Vital statistics of India. Vol. VI, European troops 1870-79
Year: 1870
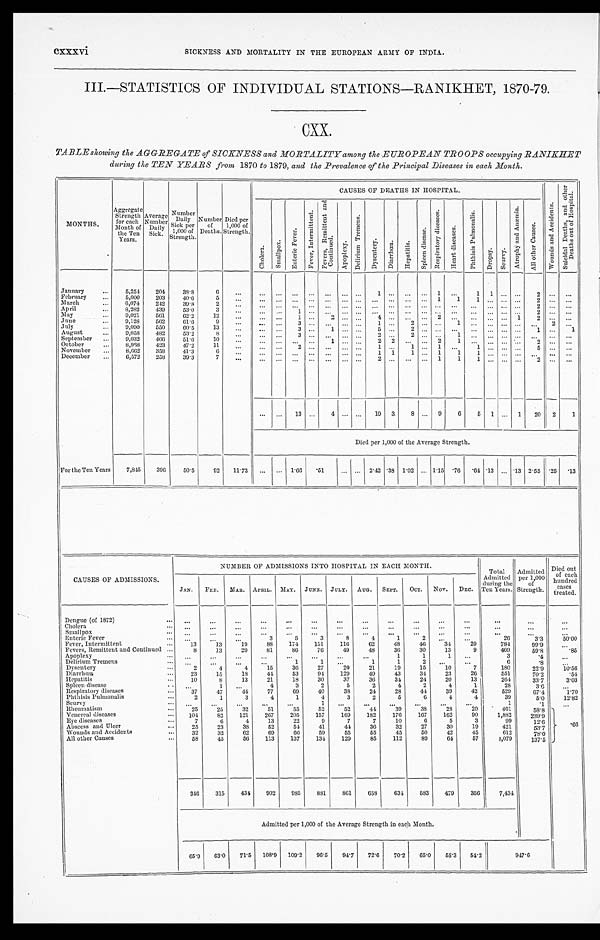
cxxxvi
SICKNESS AND MORTALITY IN THE EUROPEAN ARMY OF INDIA.
III.—STATISTICS OF INDIVIDUAL STATIONS—RANIKHET, 1870-79.
CXX.
TABLE showing the AGGREGATE of SICKNESS and MORTALITY among the EUROPEAN TROOPS occupying RANIKHET
during the TEN YEARS from 1870 to 1879, and the Prevalence of the Principal Diseases in each Month.
MONTHS.
Aggregate Strength for each
Month of
the Ten
Years.
Average
Number D a i l y
Si ck.
Number D a i l y S I c k p e r
1 , 0 0 0 o f
Strength.
Number of
Deaths.
Died per
1,000 of
Strength.
CAUSES OF DEATHS IN HOSPITAL.
W o u n d s a n d A c c i d e n t s .
S u i c i d a l D e a t h s , a n d o t h e r
D e a t h s o u t o f H o s p i t a l .
C h o l e r a . S m a l l p o x .
E n t e r i c F e v e r .
F e v e r , I n t e r m i t t e n t .
F e v e r s , R e m i t t e n t a n d
C o n t i n u e d .
A p o p l e x y .
D e l i r i u m T r e m e n s .
D y s e n t e r y .
D i a r r h œ a . H e p a t i t i s .
S p l e e n d i s e a s e .
R e s p i r a t o r y d i s e a s e s .
H e a r t d i s e a s e s .
P h t h i s i s P u l m o n a l i s .
D r o p s y .
S c u r v y .
A t r o p h y a n d A n æ m i a .
A l l o t h e r C a u s e s .
January
5,254 204 38.8
6
1
1
1 1
2
February
5,000 203 40.6 5
1 1 1
2
March
6,074 242 39.8 2
2
April
8,282 439 53.0 3
1
2
May
9,021 561 62.2 12
1
2
4
2
1
2
June
9 , 1 2 8 562 61.6
9
3
1
2
1
2
July
9,090 550 60.5 13
3
1
5 2
1
1
August
9,058 482 53.2 8
3
2
2
1
September
9,032 466 51.6 10
1
2 2
2 1
2
October
8,968 423 47.2
1 1
2
1
1
1
1
5
November
8,662 358 41.3
6
1 1
1 1
1 1
December
6,572 258 39.3
7
2
1
1
1
2
13
4
19 3 8
9 6 5 1
1
20
2
1
Died per 1,000 of the Average Strength.
For the Ten Years 7,845 396 50.5 92 11.73
1.66 .51
2.42 .38 1.02 1.15 .76 . 6 4 .13 .13 2.55 .25
. 1 3
CAUSES OF ADMISSIONS.
NUMBER OF ADMISSIONS INTO HOSPITAL IN EACH MONTH.
Total
Admitted
during the
Ten Years.
Admitted per 1,000
of
Strength.
Died out
of each
hundred
cases
treated.
JAN. FEB. MAR. APRIL. MAY. JUNE. JULY. AUG. SEPT. OCT. NOV. DEC.
Dengue (of 1872)
Cholera Smallpox
Enteric Fever
3
5
3
8
4
1
2
26
3.3 50.00
Fever, Intermittent
13 13 19
8 8 174 151 116 62 48 46 34 20
784 99.9
Fevers, Remittent and Continued
8 13 20 81 86 76 49 48 36 30 13
9
469
59.8
.85
Apoplexy
1
1
1
3
.4
Delirium Tremens
1
1
1
1
2
6
. 8
Dysentery
2
4
4 15 36 27 20 21 19 15 10
7
180
22.9 10.56
Diarrhœa
23 15 18 44 53
9 4 129 49 43 34 23 26
551
70.2
.54
Hepatitis
10
8 13 21 18 30 37 36 34 24 20 13
264 33.7 3.03
Spleen disease
1
4
3
2
5
2
4
2
4
1
28
3 . 6
Respiratory diseases
37 47 44 77 69 40 38 24 28 44 39 42
529
67.4 1.70
Phthisis Pulmonalis
2
1
3
4
1
4
3
2
5
6
4
4
39
5.0 12.82
Scurvy
1
1
. 1
Rheumatism
25 25 32 51 55 52 52
4 4 39 38 28 20
461
58.8
. 66
Venereal diseases
104 82 121 267 205 157 169 182 176 167 162 90 1,882 239.9
Eye diseases
7
6
4 13 22
9
7
7 10
6
5
3
99
12.6
Abscess and Ulcer
25 23 38 52 54 41 44 36 32 27 30 19
421 53.7
Wounds and Accidents
32 32 62 69 66
5 9 55 55 45 50 42 45
612
78.0
All other Causes
58 45 56 113 137 134 129 85 112 89 64 57
1, 079 137.5
346 315 434 902 985 881 861 658 634 583 479 356 7,434
Admitted per 1,000 of the Average Strength in each Month.
65.9 63.0 71.5 108.9 109.2 96.5 94.7 72.6 70.2 65.0 55.3 54.2
9 4 7 . 6